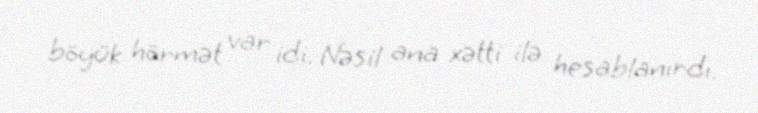
böyük hörmət var idi. Nəsil ana xətti ilə hesablanırdı.